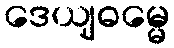
ဒေယျဓမ္မေ